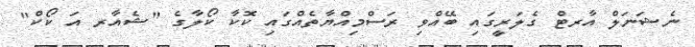
ނެޝަނަލް އާރޓް ގެލަރީގައި ބޭއްވި ރަސްމިއްޔާތެއްގައި ކޮކާ ކޯލާގެ "ޝެއާރ އަ ކޯކް"